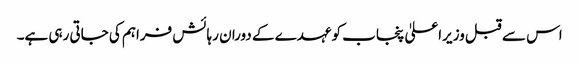
اس سے قبل وزیراعلیٰ پنجاب کو عہدے کے دوران رہائش فراہم کی جاتی رہی ہے۔